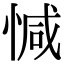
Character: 𢜩